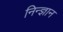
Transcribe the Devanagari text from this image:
निन्ज्ञान